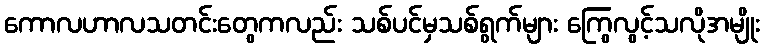
ကောလဟာလသတင်းတွေကလည်း သစ်ပင်မှသစ်ရွက်များ ကြွေလွင့်သလိုအမျိုး